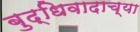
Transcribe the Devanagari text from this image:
बुद्धिवादाच्या